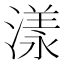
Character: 漾